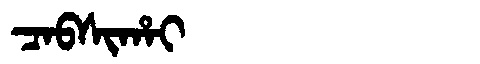
Manchu: ᠴᠠᠪᠰᡳᡥᠠᡳ
Romanization: CABSIHAI